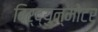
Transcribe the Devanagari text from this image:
विर्द्युन्मोटर